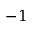
- 1